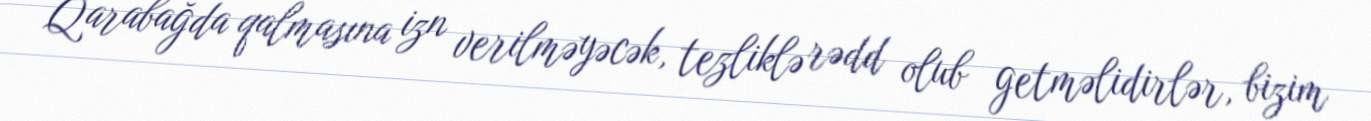
Qarabağda qalmasına izn verilməyəcək, tezliklə rədd olub getməlidirlər, bizim